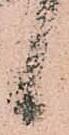
候